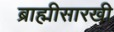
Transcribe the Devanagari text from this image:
ब्राह्मीसारखी